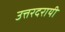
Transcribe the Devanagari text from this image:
उत्तरदरायी